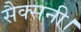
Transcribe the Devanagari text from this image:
सैक्सनी।